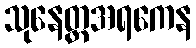
သုနေတ္တအရကေန